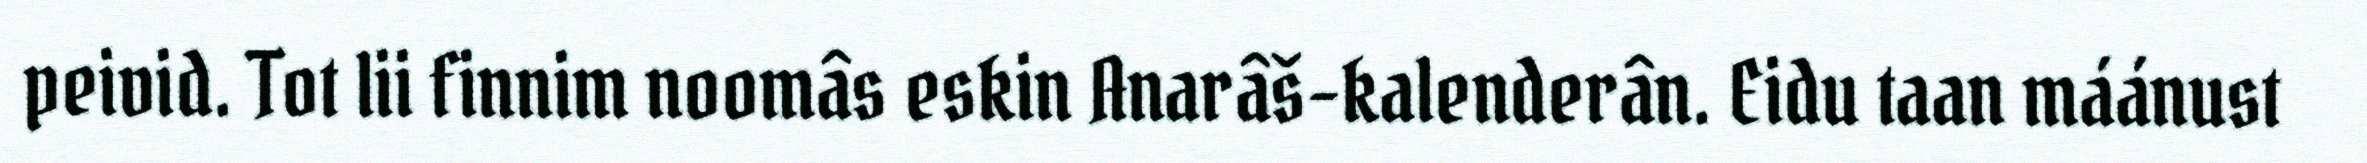
peivid. Tot lii finnim noomâs eskin Anarâš-kalenderân. Eidu taan máánust